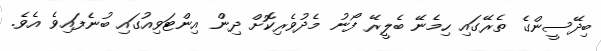
ބިދޭސީންގެ ތެރޭގައި ހިމެނޭ ބެލީރޭ ފޯނު މެދުވެރިކޮށް ދިން އިންޓަވިއުގައި ބުނެފައިވެ އެވެ.